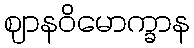
ဈာနဝိမောက္ခာန